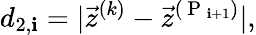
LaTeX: d_{2,\mathbf{i}}=|\vec{{z}}^{(k)}-\vec{{z}}^{(\mathrm{{~P~}}_{\mathbf{i}+1})}|,